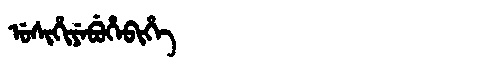
Manchu: ᡠᠰᡳᡥᡳᠶᡝᠪᡠᡥᡝᠪᡳᡥᡝ
Romanization: USIHIYEBUHEBIHE